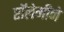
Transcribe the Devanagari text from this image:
प्टॉलेमीने